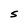
Character: s